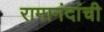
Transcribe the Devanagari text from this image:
रामानंदांची